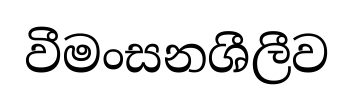
වීමංසනශීලීව